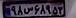
۹۸س۶۸۹۵۳